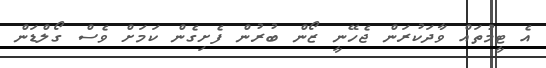
އެ ޓީމުތައް ވާދަކުރަން ޖެހޭނީ ޒޯން ބުރުން ފެށިގެން ކަމަށް ވެސް ގޯލްޑަން